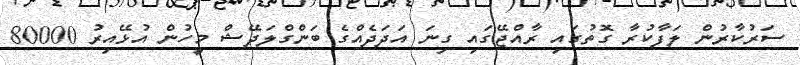
ސަރުކާރުން ލަފާކުރާ ގޮތުގައި ރާއްޖޭގައި ގިނަ އަދަދެއްގެ ބަންގްލަދޭޝް މީހުން އުޅޭއިރު 80000